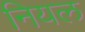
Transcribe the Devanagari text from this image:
नियल